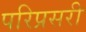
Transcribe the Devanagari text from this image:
परिप्रसरी